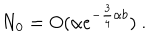
N _ { 0 } = O ( \alpha e ^ { - \frac { 3 } { 4 } \alpha b } ) \ .